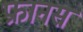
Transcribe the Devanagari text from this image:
फ्रानस